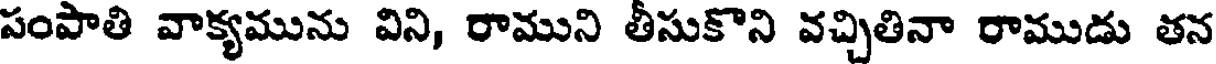
పంపాతి వాక్యమును విని, రాముని తీసుకొని వచ్చితినా రాముడు తన